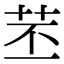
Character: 苤